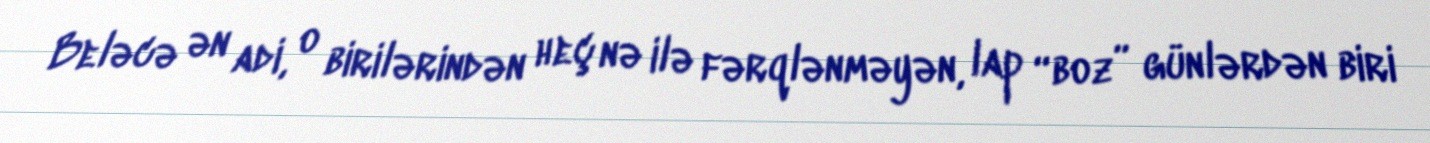
Beləcə ən adi, o birilərindən heç nə ilə fərqlənməyən, lap “boz” günlərdən biri